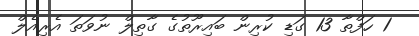
1 ހަފްތާ 13 ގަޑި ކުރިން ބައިރޫތުގެ ގާތިލް ނުވަތަ އެރިއެލް